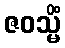
ဇဝသ္မိံ